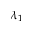
\lambda _ { 1 }